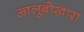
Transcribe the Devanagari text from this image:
आलूबोखारा